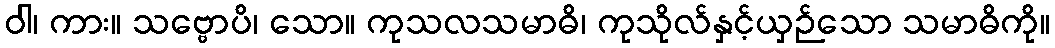
ဝါ၊ ကား။ သဗ္ဗောပိ၊ သော။ ကုသလသမာဓိ၊ ကုသိုလ်နှင့်ယှဉ်သော သမာဓိကို။